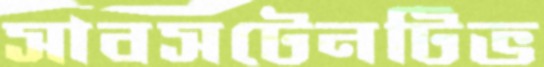
সাবসটেনটিভ